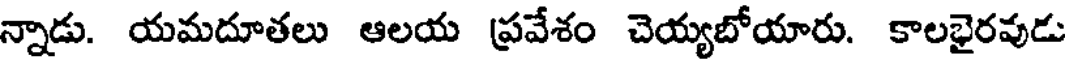
న్నాడు. యమదూతలు ఆలయ ప్రవేశం చెయ్యబోయారు. కాలభైరవుడు